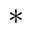
^ \ast